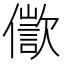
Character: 𠏩